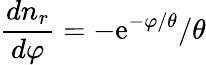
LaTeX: {\frac{dn_{r}}{d\varphi}}=-\mathrm{e}^{-\varphi/\theta}/\theta